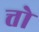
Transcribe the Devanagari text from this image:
त्तो